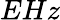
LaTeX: EHz